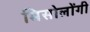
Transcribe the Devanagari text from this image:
मिसोलोंगी